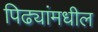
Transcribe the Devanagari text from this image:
पिढ्यांमधील